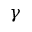
\gamma